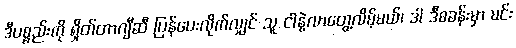
ဒီပစ္စည်းကို ရှိတ်တာဂျီဆီ ပြန်ပေးလိုက်လျှင် သူ ငါနဲ့လာတွေ့လိမ့်မယ်၊ ဒါ ဒီစခန်းမှာ မင်း